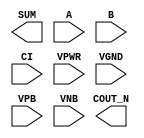
module sky130_fd_sc_ms__fahcon (
    COUT_N,
    SUM   ,
    A     ,
    B     ,
    CI    ,
    VPWR  ,
    VGND  ,
    VPB   ,
    VNB
);

    output COUT_N;
    output SUM   ;
    input  A     ;
    input  B     ;
    input  CI    ;
    input  VPWR  ;
    input  VGND  ;
    input  VPB   ;
    input  VNB   ;
endmodule